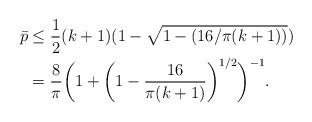
LaTeX: \begin{align*}\bar{p}&\le \frac12(k+1)(1- \sqrt{1-(16/\pi (k+1))}) \\ &=\frac{8}{\pi}\bigg(1+\bigg(1-\frac{16}{\pi(k+1)}\bigg)^{1/2}\bigg)^{-1}.\end{align*}